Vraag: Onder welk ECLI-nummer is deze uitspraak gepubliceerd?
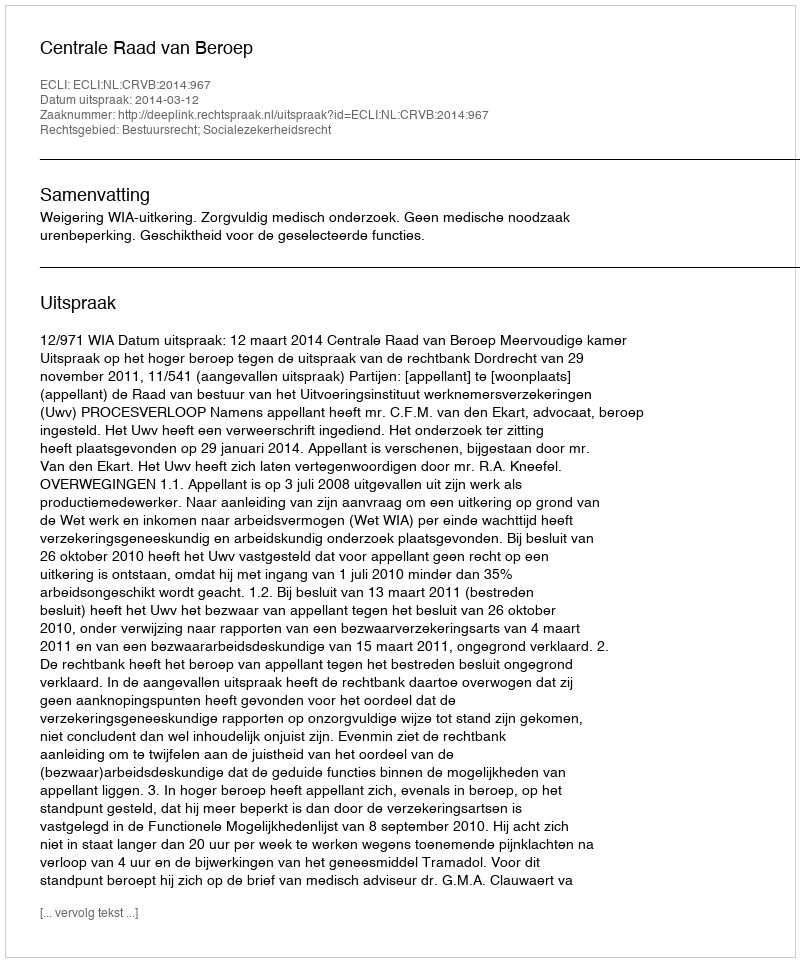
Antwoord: ECLI:NL:CRVB:2014:967